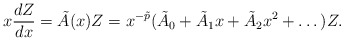
\begin{align*}x \frac{dZ}{d x} = \tilde{A} (x) Z= x^{-\tilde{p}} (\tilde{A}_0 + \tilde{A}_1 x + \tilde{A}_2 x^2 + \dots) Z. \end{align*}